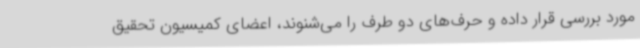
مورد بررسی قرار داده و حرف‌های دو طرف را می‌شنوند، اعضای کمیسیون تحقیق